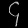
Digit: ၄